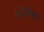
ગઝલમા